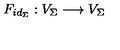
F _ { i d _ { \Sigma } } : V _ { \Sigma } \longrightarrow V _ { \Sigma }